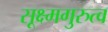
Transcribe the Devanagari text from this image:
सूक्ष्मगुरुत्व